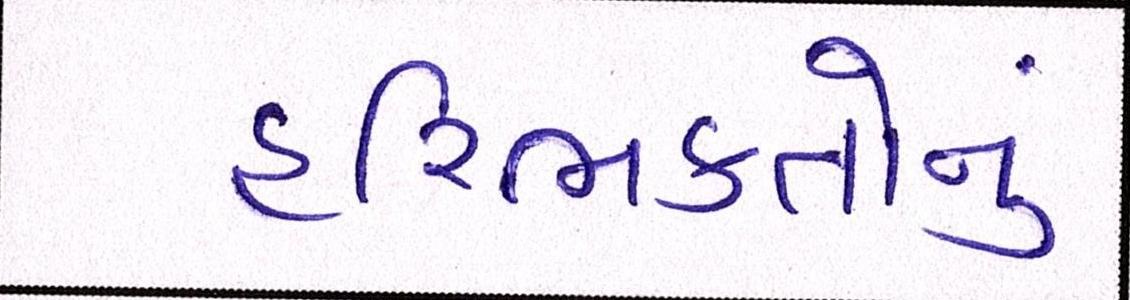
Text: હરિભક્તોનું